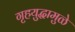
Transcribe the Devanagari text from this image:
गृहयुद्धामुळे